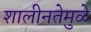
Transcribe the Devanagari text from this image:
शालीनतेमुळे